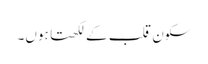
سکون قلب کے لکھتا ہوں۔